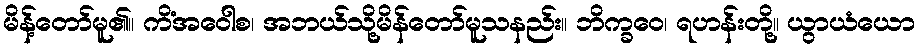
မိန့်တော်မူ၏။ ကိံအဝေါစ၊ အဘယ်သို့မိန်တော်မူသနည်း။ ဘိက္ခဝေ၊ ရဟန်းတို့။ ယွာယံယော